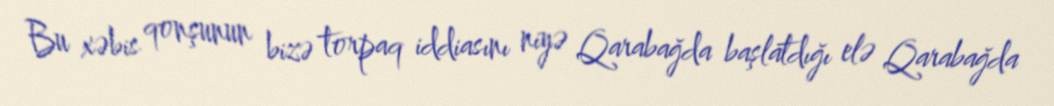
Bu xəbis qonşunun bizə torpaq iddiasını niyə Qarabağda başlatdığı elə Qarabağda